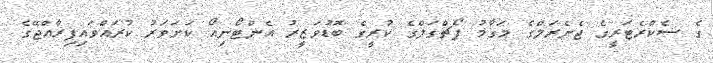
ގެ ސެކްރެޓަރީގެ ޖެނެރަލްގެ މަގާމު ޕޯޗްގަލްގެ ކުރީގެ ބޮޑުވަޒީރު އެންޓޯނިއޯ ކަށަވަރު ކުރައްވައިފިރާއްޖޭގެ